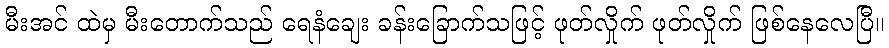
မီးအင် ထဲမှ မီးတောက်သည် ရေနံချေး ခန်းခြောက်သဖြင့် ဖုတ်လှိုက် ဖုတ်လှိုက် ဖြစ်နေလေပြီ။